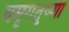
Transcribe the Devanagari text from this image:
यमृगतृष्णा